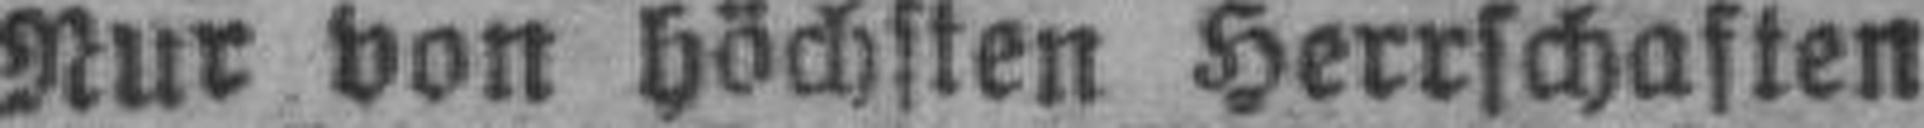
Nur von Höchsten Herrschaften